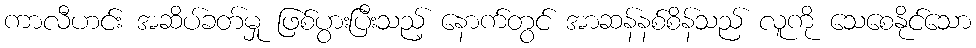
ကာလီဟင်း အဆိပ်ခတ်မှု ဖြစ်ပွားပြီးသည့် နောက်တွင် အာဆန်နစ်စိန်သည် လူကို သေစေနိုင်သော